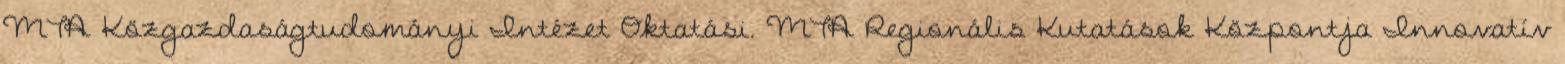
MTA Közgazdaságtudományi Intézet Oktatási. MTA Regionális Kutatások Központja Innovatív